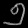
Digit: ၅